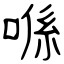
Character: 喺